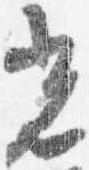
光